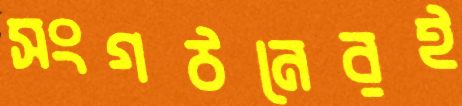
সংগঠনেরই